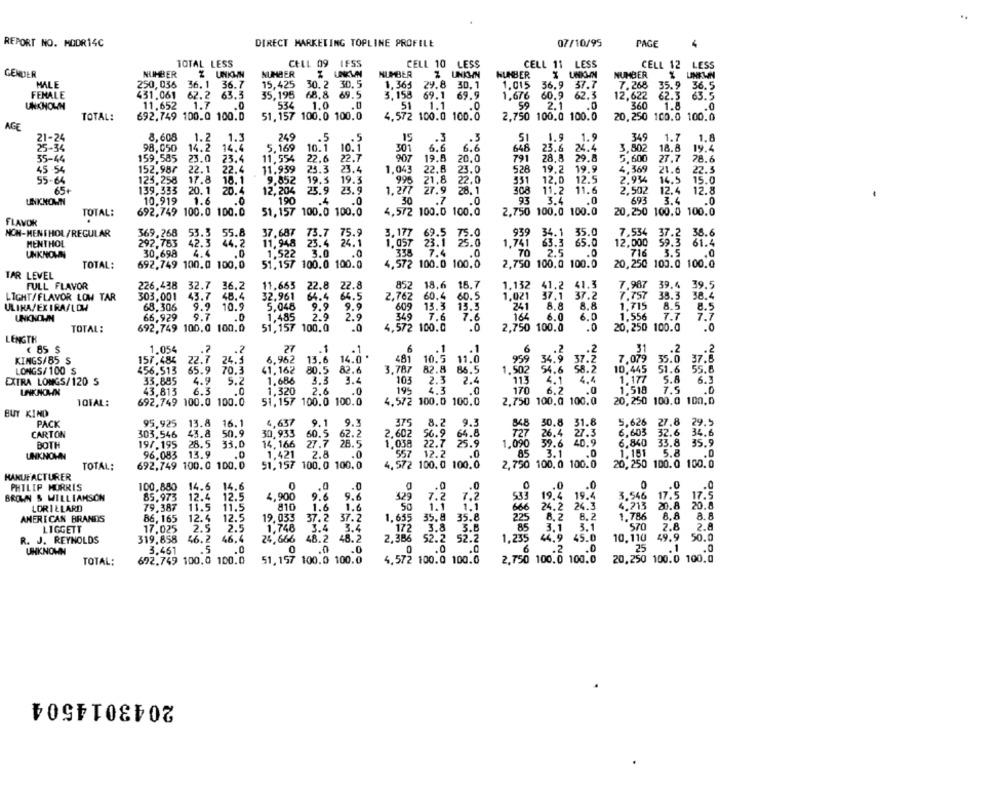
REPORT NO. MODR14C
DIRECT MARKETING TOPLINE PROFILE
07/10/95
PAGE
TOTAL LESS
CELL 09
IFSS
CELL 10 LESS
CELL 11 LESS
LESS
CELL 12
GENDER
NUMBER
Z UNKWH
NUMBER
NUMBER
HUBER
X UNKMM
NUMBER
MALE
250,036
36.1 36.7
15,425
30.2 30.5
1,365 29.8 30.1
1.015
56.9
37.7
7.268
35.9
FEMALE
431.061
62.2
63.3
35,195
68.8 69.5
3.158 69.1 69.9
1.676
60.9
62.3
12,622
62.3
36.5
11.652
1.7
534
1.0
51
1.1
50
2.1
360
UNKNOWN
.0
.0
1.8
TOTAL:
692,749 100.0 100.D
51, 157 100.0 100.0
4.572 100.0 100.0
2,750 100.0 100.0
20,250 100.0 100.0
AGE
21-24
8.608
1.2
1.3
249
.5
15
.3
.3
51
1.9
1.9
349
1.7
1.8
98,050
14.2
14.4
5.169
10.1
10.1
301
6.6
6.6
648
23.6
24.4
3,502
18.8
19.4
35-44
159,585
23.0
23.4
11,554
22.6
22.7
907
19.8
20.0
791
28.8
29.8
5,600
27.7
78.6
45:54
152.987
22.1
22.4
11.939
23.3
23.4
1.043
22.8
23.0
528
19.2
19.9
4,369
21.6
22.3
55-04
123.258
17.8
18.1
9.852
19.3
19.3
995
21.8
22.0
351
12.0
12.5
2.934
14.5
15.0
65+
139.333
20.1
20.4
12,204
23.9
23.9
1.277
27.9 28. 1
308
11.2
11.6
2.502
12.4
12.8
1.6
93
UNKNOWN
10,919
.0
190
.4
.0
30
7
.0
3.4
NONY
.0
693
3.4
.0
TOTAL:
692,749 100.0 100.0
51,157 100.0 100,0
4,5/2 100.0 100,0
2,750 100.0 100.0
20,250 100.0 100.0
FLAVOR
NON-MENTHOL/REGULAR
369,268
53.3
55.8
37.687
73.7
75.9
3,177 69.5 75.0
939 34.1 35.0
7,534 37.2
38.6
MENTHOL
292,753
42.3
44.2
11,948
23.4
24.1
1.057
23.1 25.0
1.741
63.3 65.0
12,000
59.3 61.4
UNKNOWN
30,698
4.4
1,522
3.0
.0
338
7.4
.0
70
2.5
.0
716
3.5
.0
TOTAL:
692,749 100.0 100,0
51.157 100.0 100.0
4,572 100.0 100.0
2,750 100,0 100.0
20,250 100.0 100.0
TAR LEVEL
FULL FLAVOR
226.438 32.7 36.2
11.665
22.8
22.8
852
18.6 16.7
1.132 41.2 41.3
7.987 39.4 39.5
LIGHT/FLAVOR LOW TAR
303,001
43.7 48.4
32.961
64.4
64.5
2.762
60.4 60.5
1.021 37.1 37.2
7.757 38.3
38.4
ULINA/EX IRA/LOW
68,306
9.9 10.9
5.048
9.9
.9.9
609
13.3 13.3
241
8.8
8.8
1.715
8.5
8.5
UNKNOWN
66,929
9.7
.0
1.485
2.9
2.9
349
7.6
7.6
164
6.0
6.0
1.556
T.7
7.7
TOTAL:
692,749 100.0 100.0
51,157 100.0
.0
4,572 100.0
.0
2,750 100.0
.0
20,250 100.0
.0
LENGTH
( 85 $
1.054
.7
.2
27
6
.. 1
.1
6
... 2
.2
31
.2
.2
2.1
34.9
KINGS/85_S
157.484
22.7
24.5
6,962
13.6
14.0
481
10.5 11.0
959
37.2
7.079 35.0
37.6
LONGS/ 100 $
456.513
65.9 70.3
41.162
80.5
82.6
3.787
82.8 86.5
1.502
54.6
58.2
10.445
51.6
55.6
33,885
4.9
5.2
1.686
3.3
3.4
104
2.3 2.4
113
4.1
4.4
1.177
S.A
6.3
EXTRA LONGS/120 S
170
6.2
UNKNOWN
43,813
6.3
.0
1.320
2.6
.0
195
.0
.0
1.518
.0
TOTAL:
692,749 100.0 100.0
51,157 100.0 100.0
4.572 100.0 100.0
2,750 100,0 100.0
20,250 100.0 100.0
BUY KIND
PACK
95.925
13.8
16.1
4,637
9.1
9.3
375
8.2 9.3
848
30.8 31.8
5.626 27.8
29.5
CARTON
303.546
43.8
50.9
30,933
60.5 62.2
2.602
56.9 64.8
727
26.4
27.3
6,603
32.6
34.6
197.195
28.5
33.0
14, 166
27.7 28.5
1.038
22.7 25.9
1.090 39.6 40.9
6.840
33.8
35.9
BOTH
85
UNKNOWN
96.083
13.9
.0
1,421
2.8
.0
557 12.2
.0
3.1
.0
1.151
5.8
.0
TOTAL:
692,749 100.0 100.0
51,157 100. 0 100. 0
4,572 100.0 100.0
2,750 100.0 100.0
20,250 100.0 100.0
MANUFACTURER
PHILIP MORRIS
100,880
14.6 14.6
0
.0
.0
.0
0
.0
1.0
BROWN & WILLIAMSON
85.973
12.4
12.5
4,900
9.6
9.6
429
7.2
7.2
533
19.4 19.4
3.546
LORILLARD
79.387
11.5
11.5
810
1.6
1.6
50
1.1
1.1
600
24.2 24.3
4.713
AMERICAN BRANDS
86, 165
12.4
12.5
19,033
37.2
37.2
1.655
35.8 35.8
225
8.2
8.2
1.786
LIGGETT
17.025
2.5
2.5
1.746
3.4
3.4
172
3.8
3.8
85
3.1
3.1
570
319.858
46.2
46.4
24,666
48.2
48.2
2.386
52.2 52.2
1,235
44.9
45.0
10,110
R. J. REYNOLDS
UNKNOWN
3.461
.5
.0
0
.0
.0
0
.O
.0
6
.2
25
TOTAL:
692.749 100,0 100.0
51,157 100.0 100.0
4.572 100.0 100.0
2,750 100.0 100.0
20,250 1
2043014504